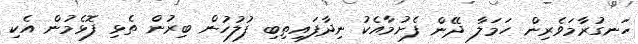
ހަނގުރާމަވެރިން ހަމަލާ ދޭން ފެށުމާއެކު ނިދާފައިތިބި ފުލުހުން ބިރުން ތެޅި ފޮޅެމުން އެކި